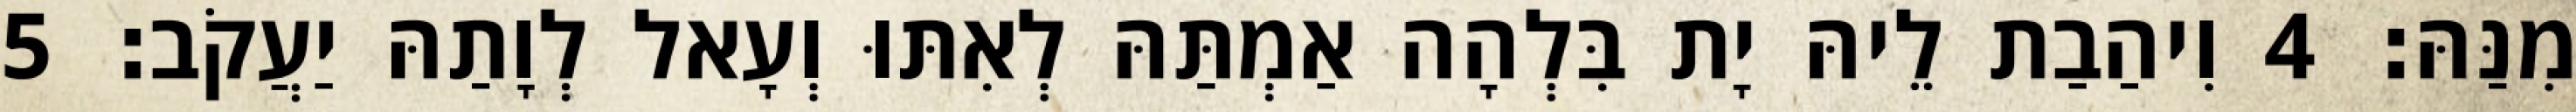
מִנַּהּ׃ 4 וִיהַבַת לֵיהּ יָת בִּלְהָה אַמְתַּהּ לְאִתּוּ וְעָאל לְוָתַהּ יַעֲקֹב׃ 5